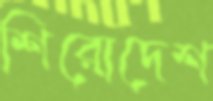
শিরোদেশ